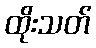
ထိုးသတ်